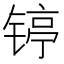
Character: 𲈏